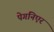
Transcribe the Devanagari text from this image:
पेगनिएर